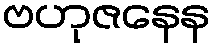
ဗဟုဇနေန